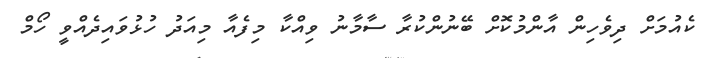
ކެއުމަށް ދިވެހިން އާންމުކޮށް ބޭނުންކުރާ ސާމާނު ވިއްކާ މިފެއާ މިއަދު ހުޅުވައިދެއްވީ ހޯމް